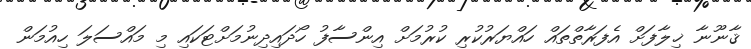
ޤާނޫނާ ޚިލާފަށް އެފަރާތްތައް ހައްޔަރުކުރި ކުރުމަށް އިންސާފު ހޯދައިދިނުމަށްޓަކައި މި މައްސަލަ ހިއުމަން